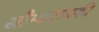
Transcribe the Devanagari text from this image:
सौम्यनायकी